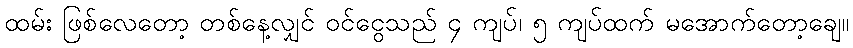
ထမ်း ဖြစ်လေတော့ တစ်နေ့လျှင် ဝင်ငွေသည် ၄ ကျပ်၊ ၅ ကျပ်ထက် မအောက်တော့ချေ။